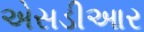
એસડીઆર